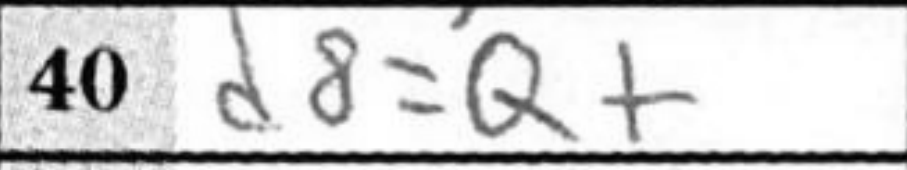
Transcription: d8=Q+